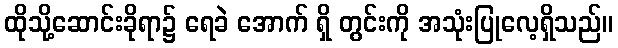
ထိုသို့ဆောင်းခိုရာ၌ ရေခဲ အောက် ရှိ တွင်းကို အသုံးပြုလေ့ရှိသည်။